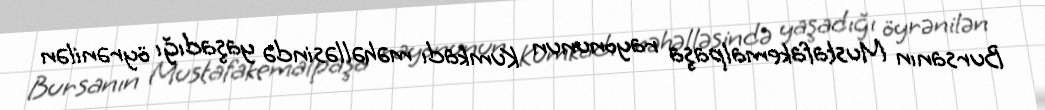
Bursanın Mustafakemalpaşa rayonunun Kumkadı məhəlləsində yaşadığı öyrənilən